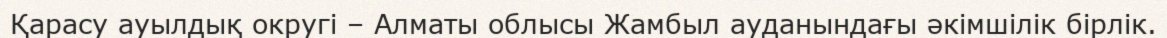
Қарасу ауылдық округі – Алматы облысы Жамбыл ауданындағы әкімшілік бірлік.